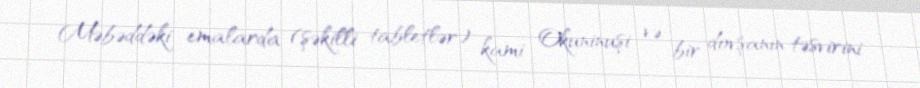
Məbəddəki emalarda (şəkilli tabletlər) kami Okuninuşi və bir dovşanın təsvirini